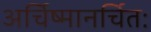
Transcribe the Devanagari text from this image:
अर्चिष्मानर्चितः